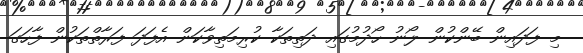
މި ފަދައިން ބޭންކުން ލޯނު ހޯދުމުގައި ދަތިތަކާ ކުރިމަތިވާކަން އެފަދަ ފަރާތްތަކުން ފާހަގަ